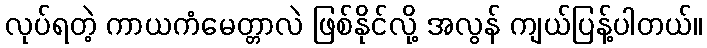
လုပ်ရတဲ့ ကာယကံမေတ္တာလဲ ဖြစ်နိုင်လို့ အလွန် ကျယ်ပြန့်ပါတယ်။